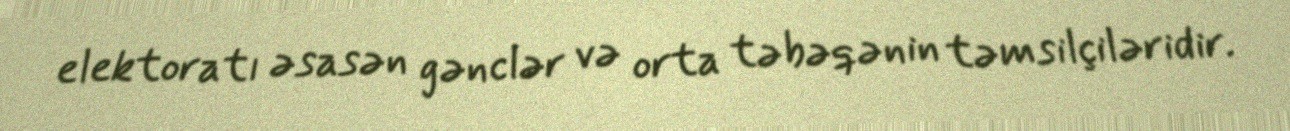
elektoratı əsasən gənclər və orta təbəqənin təmsilçiləridir.